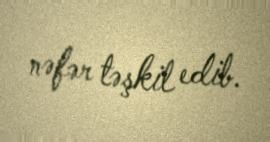
nəfər təşkil edib.